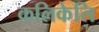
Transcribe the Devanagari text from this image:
कलिकेलि